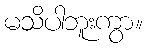
မသိပါဘူးကွာ။